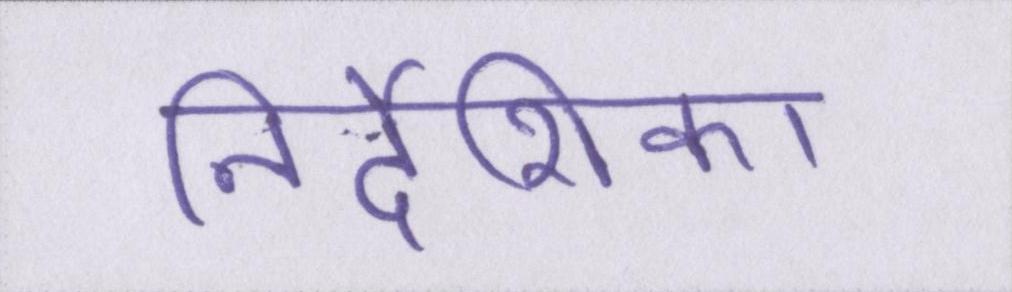
निर्देशिका